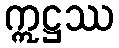
ဣဋ္ဌဿ